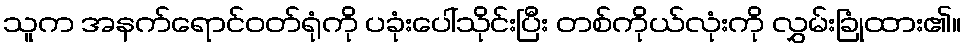
သူက အနက်ရောင်ဝတ်ရုံကို ပခုံးပေါ်သိုင်းပြီး တစ်ကိုယ်လုံးကို လွှမ်းခြုံထား၏။